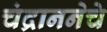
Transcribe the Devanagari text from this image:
चंद्राननेचे